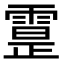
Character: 𩄕